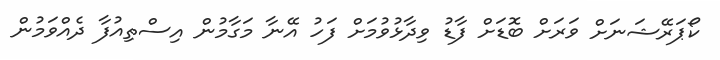
ކޯޕަރޭޝަނަށް ވަރަށް ބޮޑަށް ފާޑު ވިދާޅުވުމަށް ފަހު އޭނާ މަގާމުން އިސްތިއުފާ ދެއްވަމުން